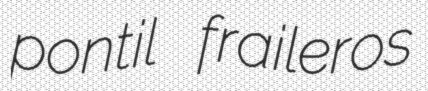
pontil fraileros